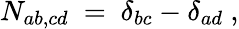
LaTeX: N_{ab,cd}~=~\delta_{bc}-\delta_{ad}~,